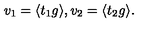
v _ { 1 } = \langle t _ { 1 } g \rangle , v _ { 2 } = \langle t _ { 2 } g \rangle .